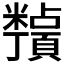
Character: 𬗀